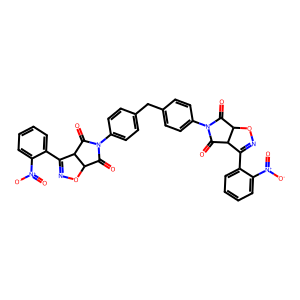
SMILES: O=C1C2ON=C(c3ccccc3[N+](=O)[O-])C2C(=O)N1c1ccc(Cc2ccc(N3C(=O)C4ON=C(c5ccccc5[N+](=O)[O-])C4C3=O)cc2)cc1
Inhibits HIV replication: No